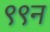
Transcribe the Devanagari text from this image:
९९न